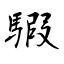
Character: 騢